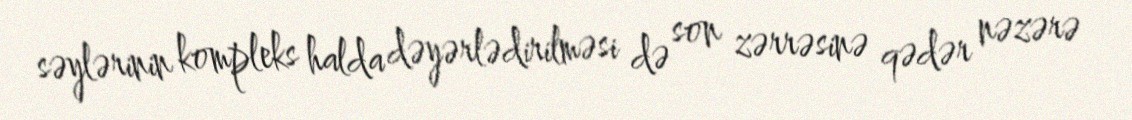
səylərinin kompleks halda dəyərlədirilməsi də son zərrəsinə qədər nəzərə